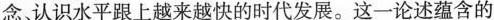
念认识水平跟上越来越快的时代发展。这一论述蕴含的